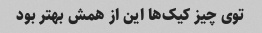
توی چیز کیک‌ها این از همش بهتر بود